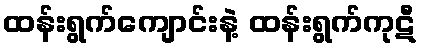
ထန်းရွက်ကျောင်းနဲ့ ထန်းရွက်ကုဋီ